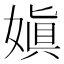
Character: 嫃